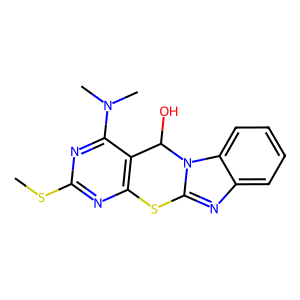
SMILES: CSc1nc2c(c(N(C)C)n1)C(O)n1c(nc3ccccc31)S2
Inhibits HIV replication: No